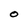
Character: O